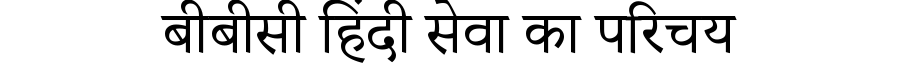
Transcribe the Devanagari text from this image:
बीबीसी हिंदी सेवा का परिचय